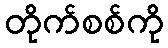
တိုက်စစ်ကို